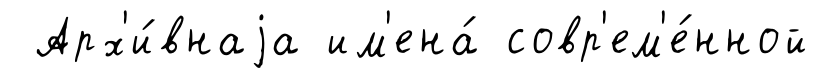
Арх'и́внаjа им'ена́ совр'ем'е́нной